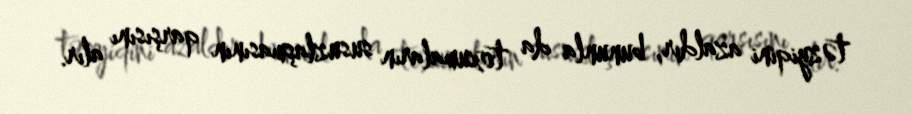
təzyiqini azaldır, bununla da toxumaların susuzlaşmasının qarşısını alır.